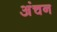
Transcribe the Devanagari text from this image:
अंचन